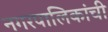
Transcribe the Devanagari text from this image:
नगरपालिकांची